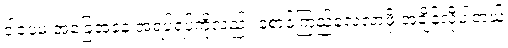
ဒါပေမဲ့ အခြေအနေ အရပ်ရပ်ကိုလည်း စောင့်ကြည့်လေ့လာဖို့ အချိန်လိုပါတယ်